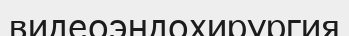
видеоэндохирургия